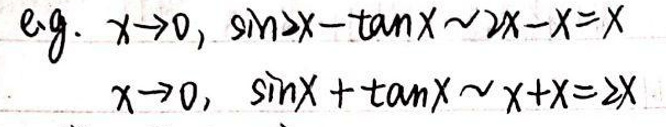
\[&e.g. x\to0,\ \sin x - \tan x\sim 2x - x=x\]\\
\[&x\to0,\ \sin x+\tan x\sim x + x = 2x\]